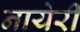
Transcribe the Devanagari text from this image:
नायेरी